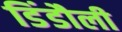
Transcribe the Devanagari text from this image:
डिंडौली